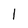
Character: 1